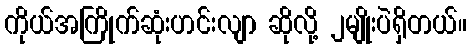
ကိုယ်အကြိုက်ဆုံးဟင်းလျာ ဆိုလို့ ၂မျိုးပဲရှိတယ်။